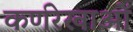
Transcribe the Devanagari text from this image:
कर्णरेखाओं